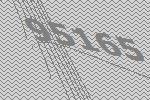
95165